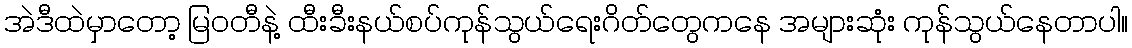
အဲဒီထဲမှာတော့ မြဝတီနဲ့ ထီးခီးနယ်စပ်ကုန်သွယ်ရေးဂိတ်တွေကနေ အများဆုံး ကုန်သွယ်နေတာပါ။